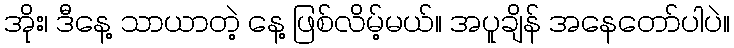
အိုး၊ ဒီနေ့ သာယာတဲ့ နေ့ ဖြစ်လိမ့်မယ်။ အပူချိန် အနေတော်ပါပဲ။